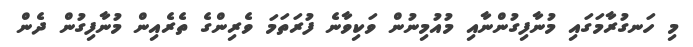
މި ހަނގުރާމަގައި މުނާފިގުންނާއި މުއުމިނުން ވަކިވާނެ ފުރަތަމަ ވެރިންގެ ތެރެއިން މުނާފިގުން ދެން